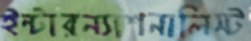
ইন্টারন্যাশনালিস্ট